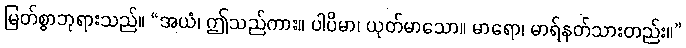
မြတ်စွာဘုရားသည်။ “အယံ၊ ဤသည်ကား။ ပါပိမာ၊ ယုတ်မာသော။ မာရော၊ မာရ်နတ်သားတည်း။”